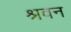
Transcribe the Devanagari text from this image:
श्रवन